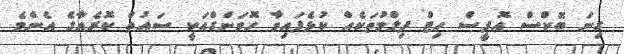
ގިނަ ބޮކްސް އޮފީސް ހިޓް ފިލްމުތަކެއް ކުޅެފައިވާ ހޮވަންގްއަކީ ސައުތް ކޮރެއާގެ އެންމެ